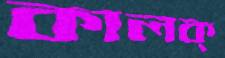
কালক্